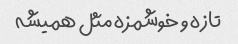
تازه و خوشمزه مثل همیشه